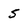
Character: 5